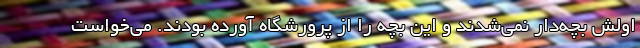
اولش بچه‌دار نمی‌شدند و این بچه را از پرورشگاه آورده بودند. می‌خواست